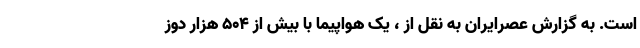
است. به گزارش عصرایران به نقل از ، یک هواپیما با بیش از 504 هزار دوز